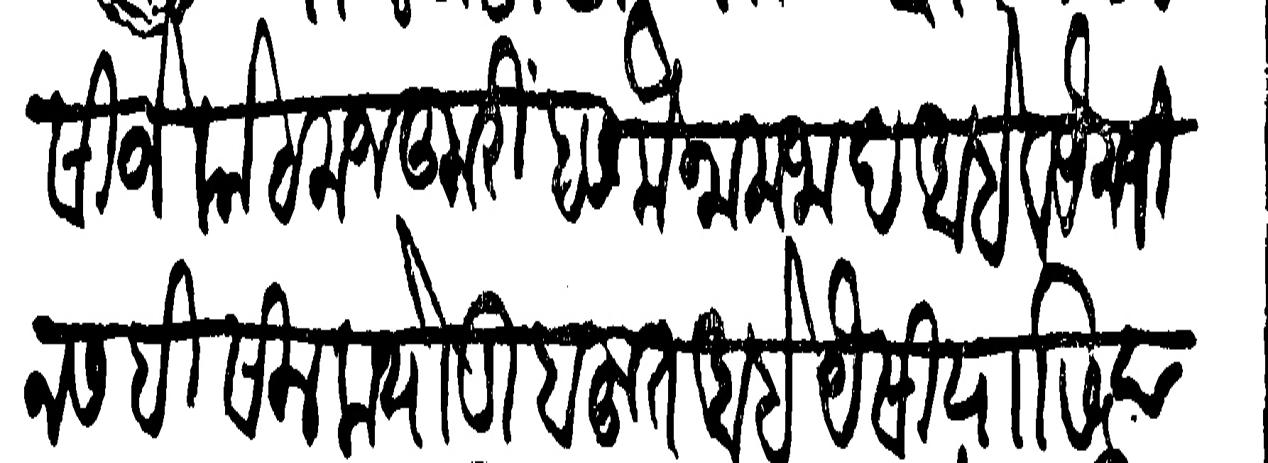
Transliteration (Devanagari): येसीजे कोट मजकुरी हसमे नामजाद आहे व यक जिनसही सिलक थोडी बहुत आहे वैसीयासी त्याच्या